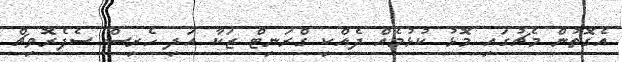
އެގޮތުން މެޗުގައި މޮޅު ކުޅުމެއް ދެއްކި ގްރަނިޓް ޒަކާ އަދި ހެރިސް ސެފެރޮވިޗް